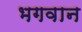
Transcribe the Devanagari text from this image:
भगवान